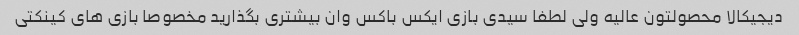
دیجیکالا محصولتون عالیه ولی لطفا سیدی بازی ایکس باکس وان بیشتری بگذارید مخصوصا بازی های کینکتی